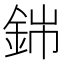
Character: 銟